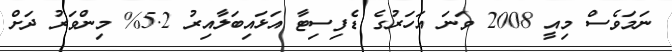
ނަމަވެސް މިއީ 2008 ވަނަ އަހަރުގެ ޑެފިސިޓާ އަޅައިބަލާއިރު 5.2% މިންވަރު ދަށް